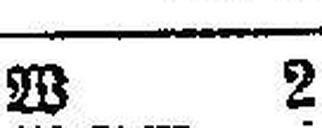
W 2